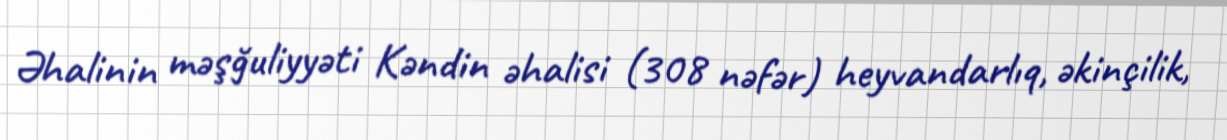
Əhalinin məşğuliyyəti Kəndin əhalisi (308 nəfər) heyvandarlıq, əkinçilik,